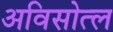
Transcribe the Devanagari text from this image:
अविसोत्ल